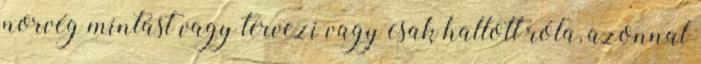
norvég mintást vagy tervezi vagy csak hallott róla, azonnal